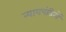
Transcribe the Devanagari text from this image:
न्यायपंडितों